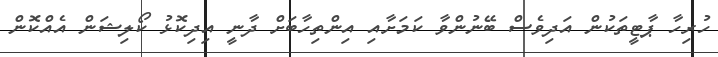
ހުރިހާ ޕާޓީތަކުން އަދިވެސް ބޭނުންވާ ކަމަށާއި އިންތިހާބަށް ދާނީ އިދިކޮޅު ކޯލިޝަން އެއްކޮން